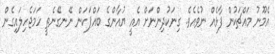
އެމޫނު މައްޗަކުން ފާޅެއް ނުވެއެވެ. ގިނަކުދިންނަށް އެއީ ޔުއާންގެ ބައްޕަކަން ނޭނގޭނެތީ ހަމަޖެހިލައިގެން